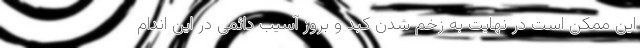
این ممکن است در نهایت به زخم شدن کبد و بروز آسیب دائمی در این اندام